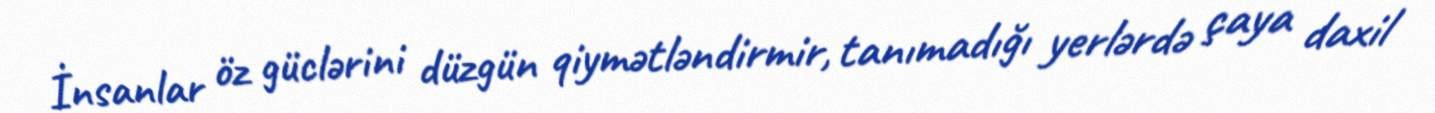
İnsanlar öz güclərini düzgün qiymətləndirmir, tanımadığı yerlərdə çaya daxil